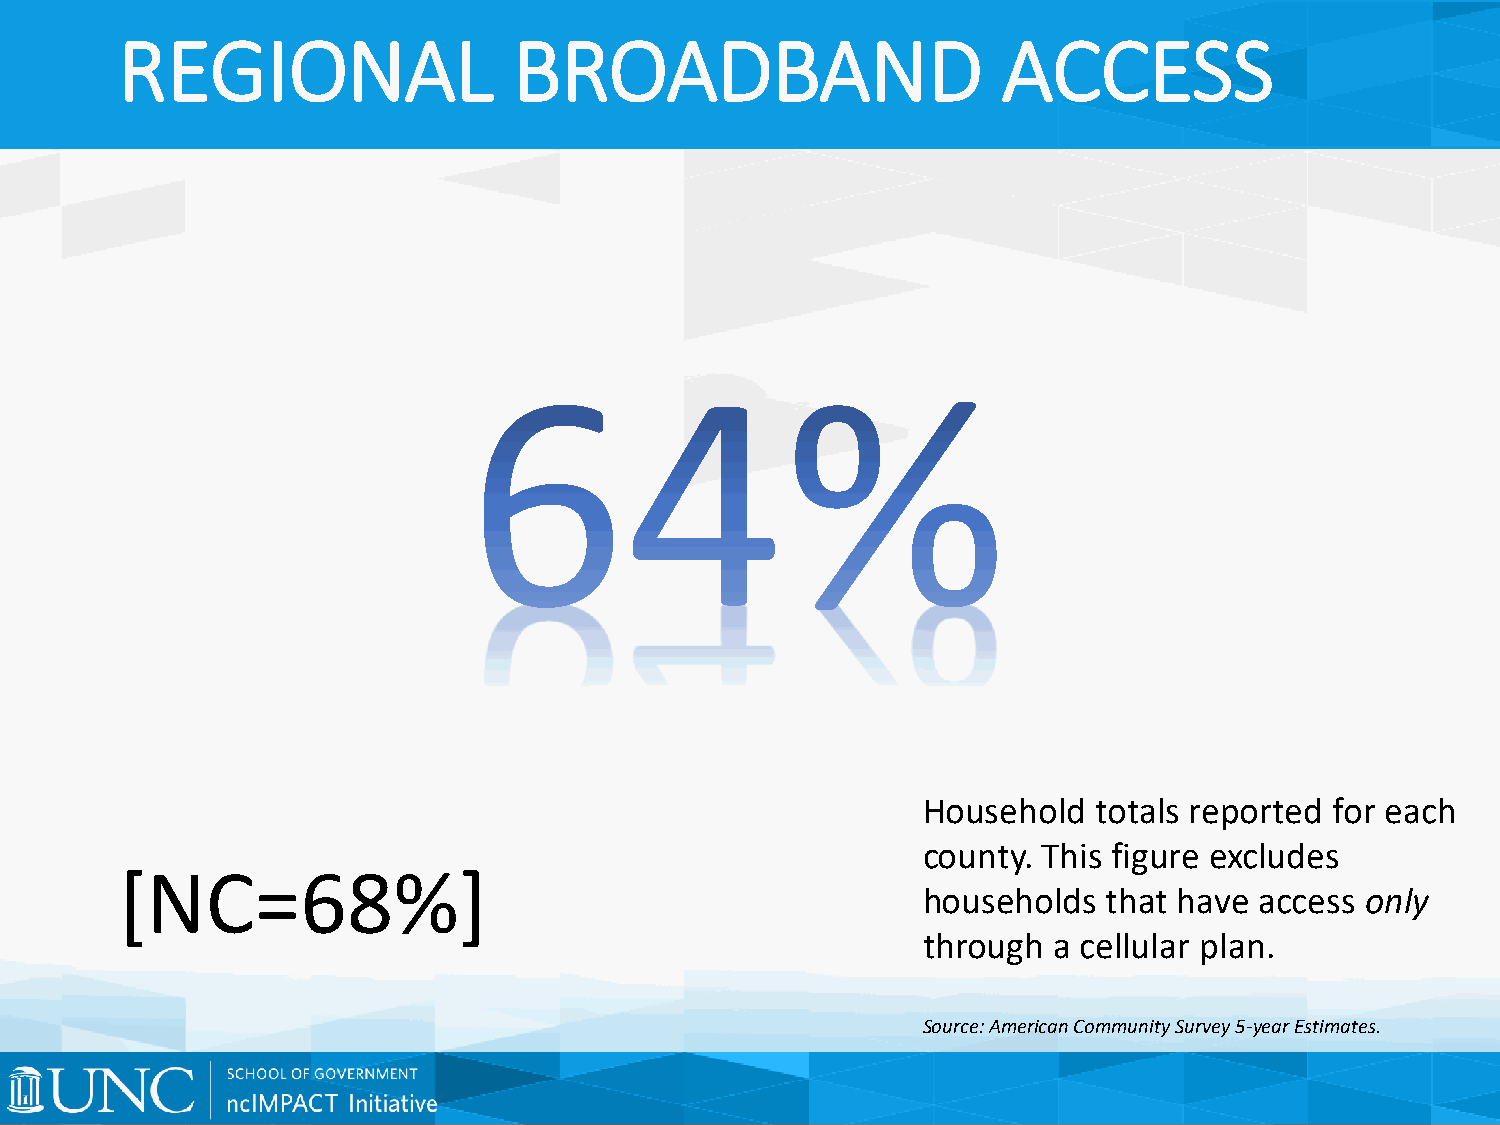
REGIONAL                  BROADBAND                       ACCESS
 Household   totals reported for each
 county. This figure excludes
 [NC=68%]
 households  that have access only
 through  a cellular plan.
 Source: American Community Survey 5-year Estimates.